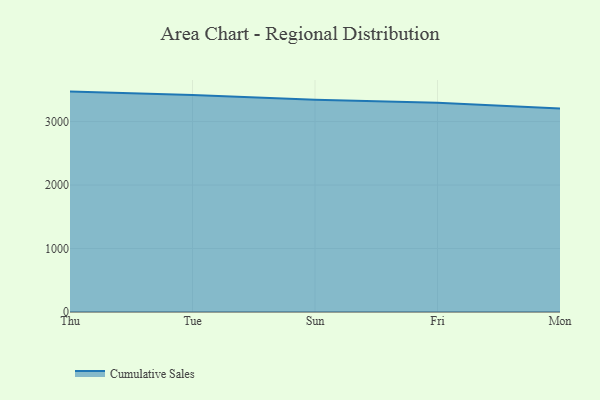
{"axis": {"x": "Day", "y": "Backlog"}, "legend": ["Cumulative Sales"], "data": [{"x": "Thu", "y": 3472.2, "type": "Cumulative Sales"}, {"x": "Tue", "y": 3417.8, "type": "Cumulative Sales"}, {"x": "Sun", "y": 3344.9, "type": "Cumulative Sales"}, {"x": "Fri", "y": 3295.2, "type": "Cumulative Sales"}, {"x": "Mon", "y": 3206.7, "type": "Cumulative Sales"}]}